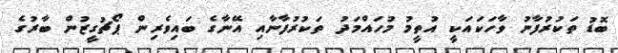
ބޮޑު ތަކުރުފާނު ވާހަކައަކީ އުތީމު މުހައްމަދު ތަކުރުފާނާއި އޭނާގެ ބައިވެރިން ޕޯޗުގީޒުން ބާރުގެ